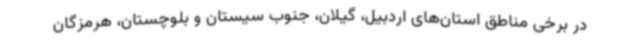
در برخی مناطق استان‌های اردبیل، گیلان، جنوب سیستان و بلوچستان، هرمزگان